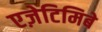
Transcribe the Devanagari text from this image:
एज़ेटिमिबे